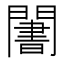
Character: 𬮑